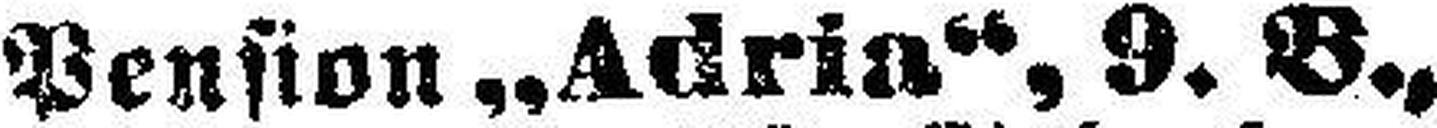
Pension „Adria“, 9. B.,